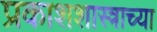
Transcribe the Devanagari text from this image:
प्रकाशशास्त्राच्या